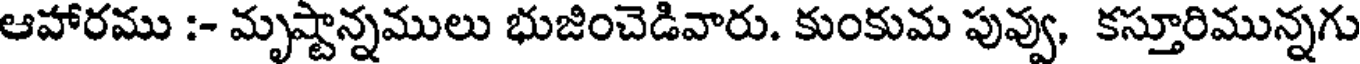
ఆహారము :- మృష్టాన్నములు భుజించెడివారు. కుంకుమ పువ్వు, కస్తూరిమున్నగు